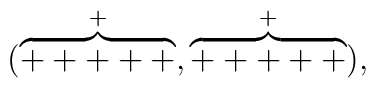
(\stackrel{+}{\overbrace{+++++}},\stackrel{+}{\overbrace{+++++}})\mbox{,}